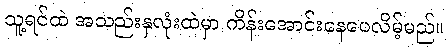
သူ့ရင်ထဲ အသည်းနှလုံးထဲမှာ ကိန်းအောင်းနေပေလိမ့်မည်။